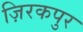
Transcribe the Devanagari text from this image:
ज़िरकपुर